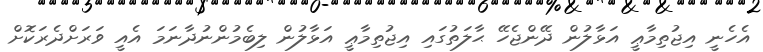
އެހެނީ އިޖުތިމާޢީ އަޅާލުން ދޭންޖެހޭ ޙާލަތުގައި އިޖުތިމާޢީ އަޅާލުން ލިބެމުންނުދާނަމަ އެއީ ވަރަށްދެރަކޮށް